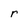
Character: r